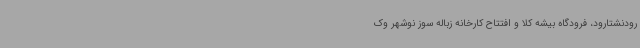
رودنشتارود، فرودگاه بیشه کلاً و افتتاح کارخانه زباله سوز نوشهر وک